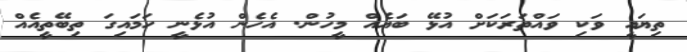
ތިޔައީ ވަކި ވައްތަރަކަށް އުޅޭ ބައެއް މީހުން. އެހެން އުޅެނީ ހަމައިގަ ތިބޭތީއެއް